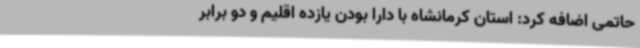
حاتمی اضافه کرد: استان کرمانشاه با دارا بودن یازده اقلیم و دو برابر